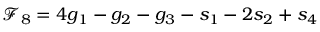
\mathcal { F } _ { 8 } = 4 g _ { 1 } - g _ { 2 } - g _ { 3 } - s _ { 1 } - 2 s _ { 2 } + s _ { 4 }